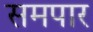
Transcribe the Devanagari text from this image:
समपार